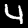
Digit: 4